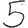
Digit: 5